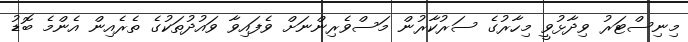
މިނިސްޓަރު ވިދާޅުވީ މިހާރުގެ ސަރުކާރުން މަސްވެރިންނަށް ވެފައިވާ ވައުދުތަކުގެ ތެރެއިން އެންމެ ބޮޑު